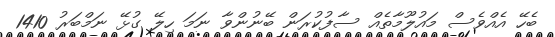
ބެހޭ އެއްވެސް މައުލޫމާތެއް ސާފުކުރަން ބޭނުންވާ ނަމަ ހިލޭ ގުޅޭ ނަމްބަރު 1410